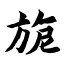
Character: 旎